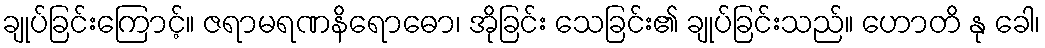
ချုပ်ခြင်းကြောင့်။ ဇရာမရဏနိရောဓော၊ အိုခြင်း သေခြင်း၏ ချုပ်ခြင်းသည်။ ဟောတိ နု ခေါ၊